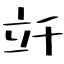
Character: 竏